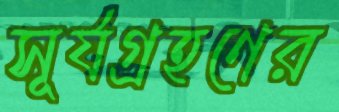
সূর্যগ্রহণের